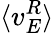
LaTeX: \langle v_{E}^{R}\rangle